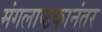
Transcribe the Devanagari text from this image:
मंगलाष्टकानंतर